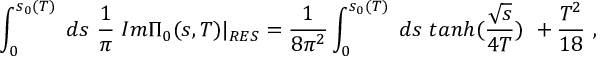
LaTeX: \int _ { 0 } ^ { s _ { 0 } ( T ) } \; d s \, \, \frac { 1 } { \pi } \; I m \Pi _ { 0 } ( s , T ) | _ { R E S } = \frac { 1 } { 8 \pi ^ { 2 } } \int _ { 0 } ^ { s _ { 0 } ( T ) } \; d s \, \, t a n h ( \frac { \sqrt { s } } { 4 T } ) \, \, + \frac { T ^ { 2 } } { 1 8 } \, \, ,